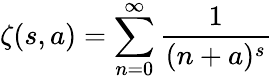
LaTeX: \zeta(s,a)=\sum_{n=0}^{\infty}\frac{1}{(n+a)^{s}}